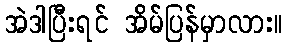
အဲဒါပြီးရင် အိမ်ပြန်မှာလား။